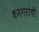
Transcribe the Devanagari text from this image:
धनगरांची